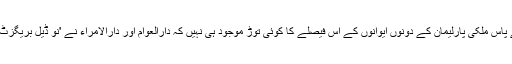
اس لیے کہ فی الحال جانسن کے پاس ملکی پارلیمان کے دونوں ایوانوں کے اس فیصلے کا کوئی توڑ موجود ہی نہیں کہ دارالعوام اور دارالامراء نے 'نو ڈیل بریگزٹ‘ کا راستہ عملاﹰ بند کر دیا ہے۔